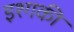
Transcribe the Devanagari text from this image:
इश्गकी